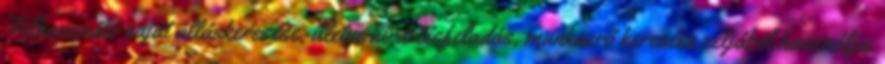
Felhasználó saját álláskeresése, illetve hirdetésfeladás, munkaerő keresése céljából használja.